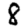
Digit: 8